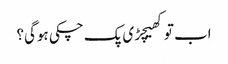
اب توکھیچڑی پک چکی ہوگی؟